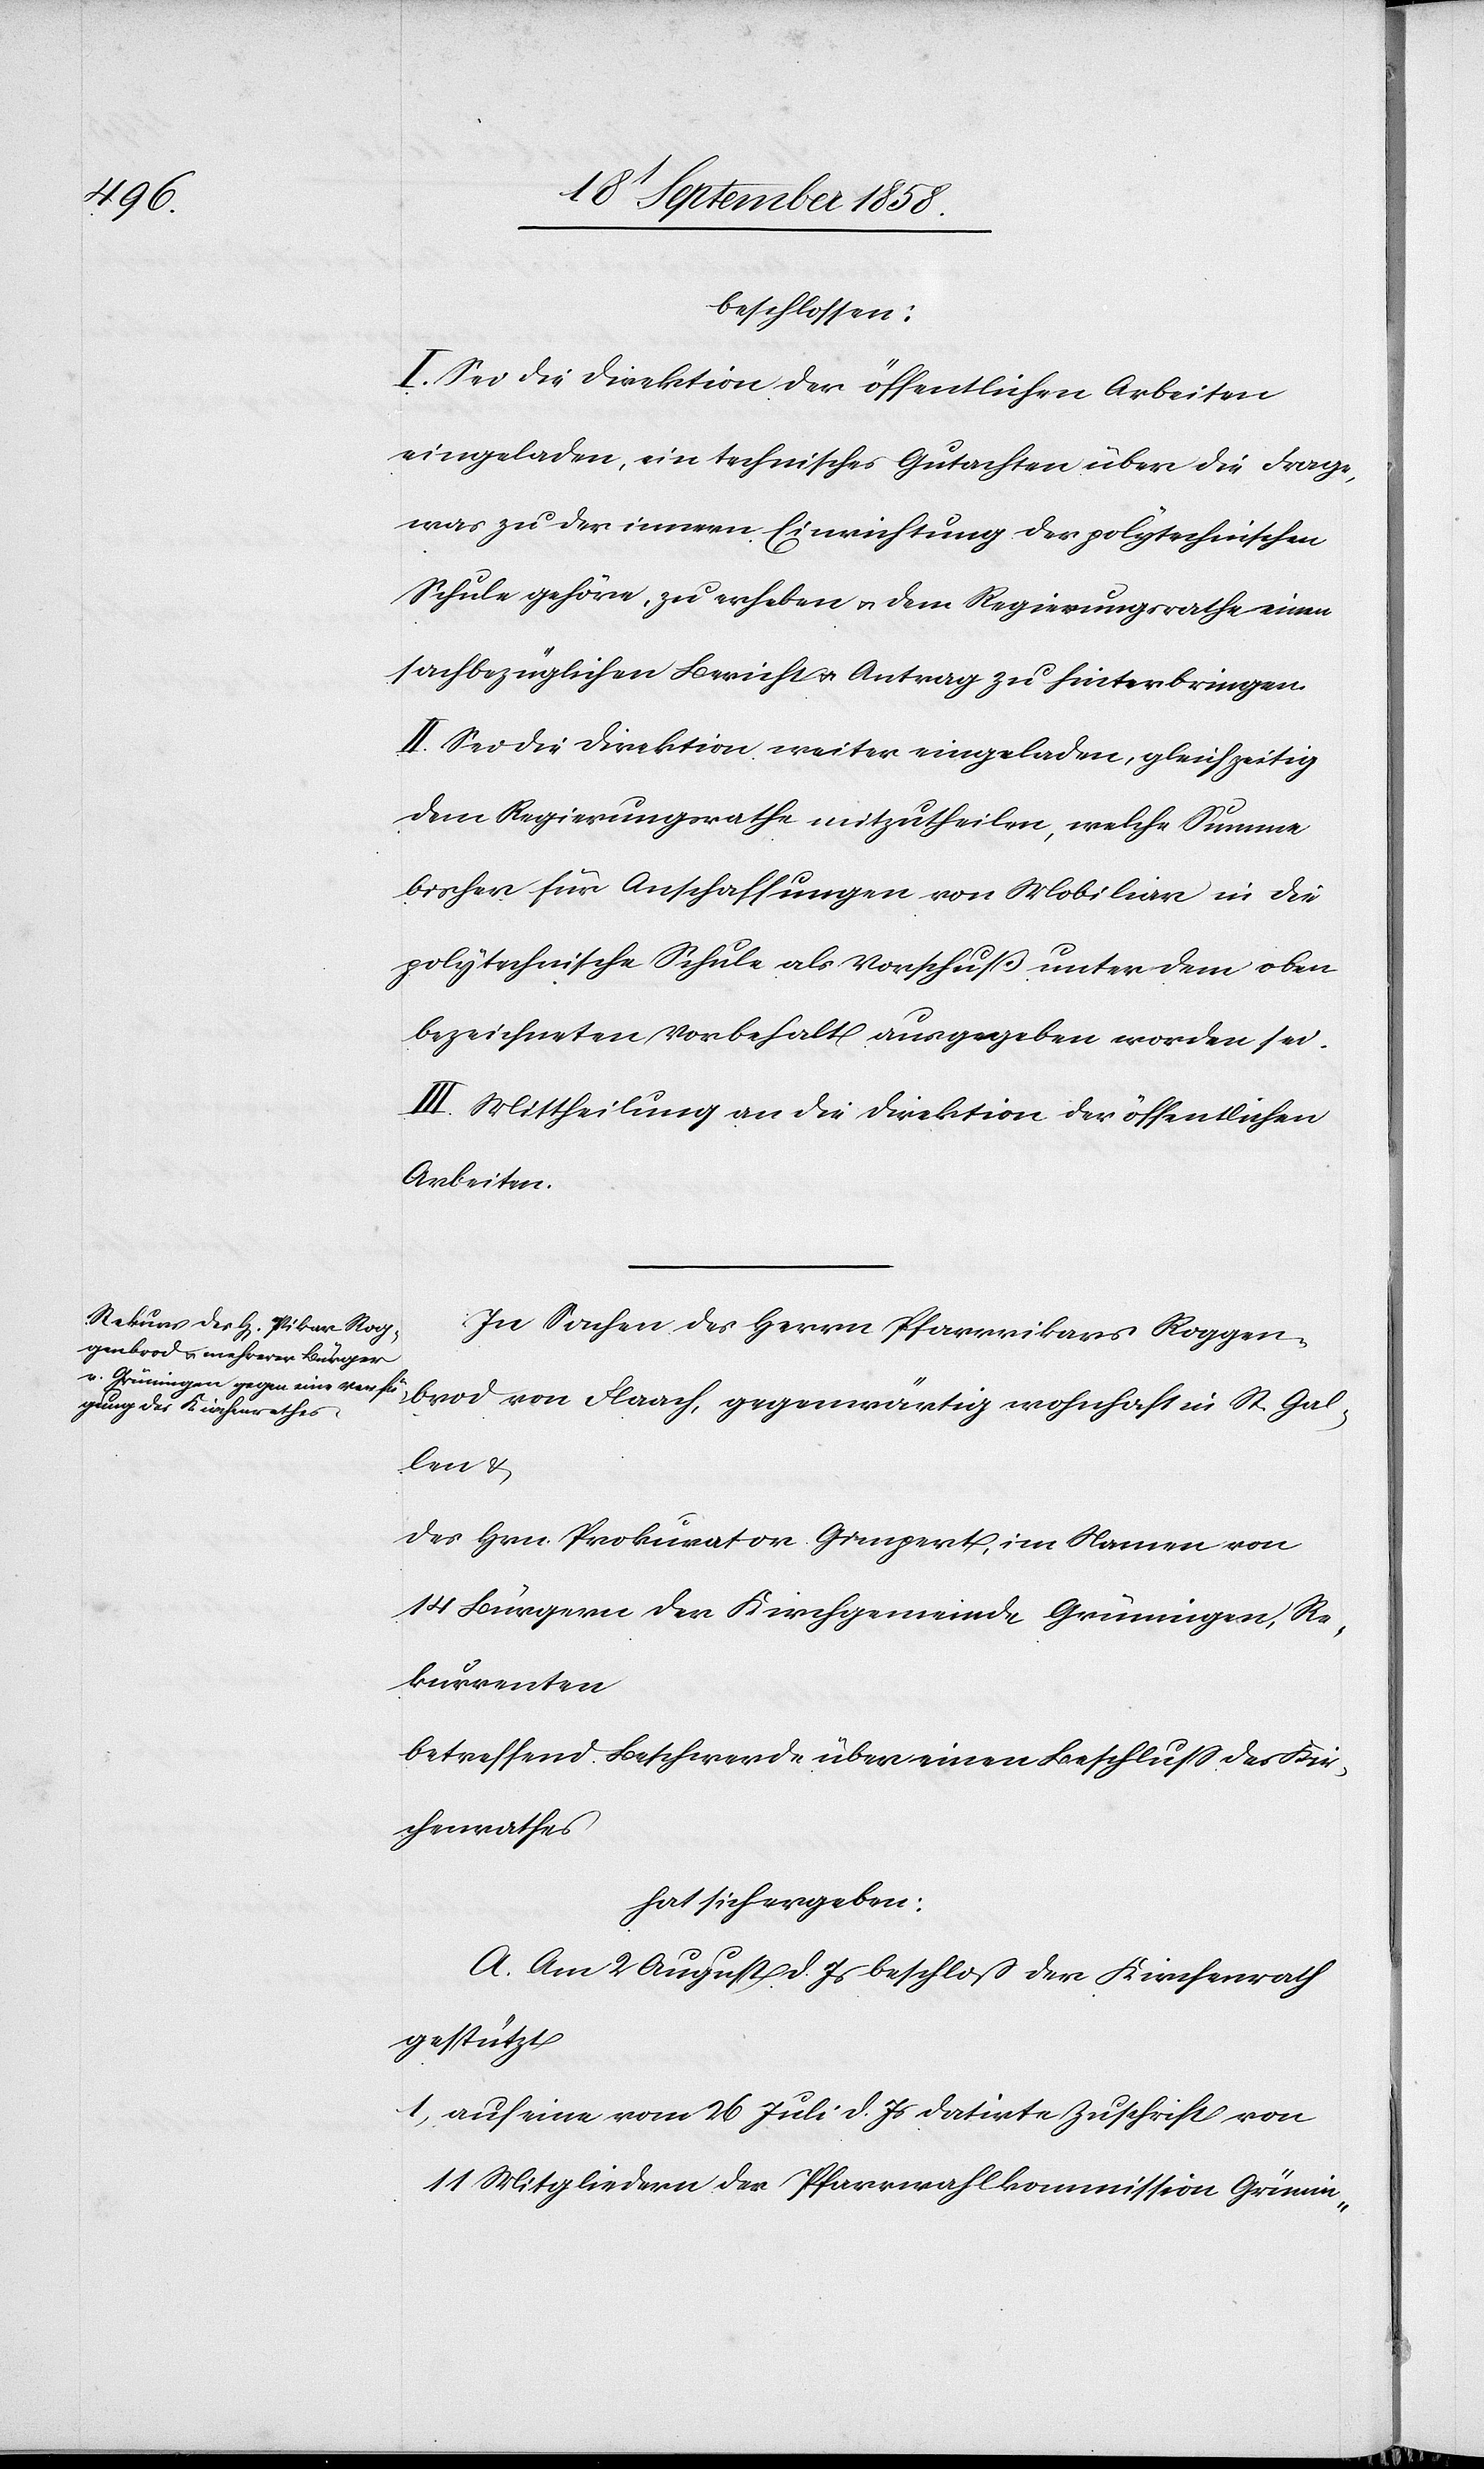
beschlossen:
I. Sei die Direktion der öffentlichen Arbeiten
eingeladen, ein technisches Gutachten über die Frage,
was zu der innern Einrichtung der polytechnischen
Schule gehöre, zu erheben & dem Regierungsrathe einen
sachbezüglichen Bericht & Antrag zu hinterbringen.
II. Sei die Direktion weiter eingeladen, gleichzeitig
dem Regierungsrathe mitzutheilen, welche Summe
bisher für Anschaffungen von Mobiliar in die
polytechnische Schule als Vorschuß unter dem oben
bezeichneten Vorbehalt ausgegeben worden sei.
III. Mittheilung an die Direktion der öffentlichen
Arbeiten.
In Sachen des Herrn Pfarrvikars Roggen¬
brod von Flaach, gegenwärtig wohnhaft in St. Gal¬
len &
des Hrn. Prokurator Gimpert, im Namen von
14 Bürgern der Kirchgemeinde Grüningen, Re¬
kurrenten
betreffend Beschwerde über einen Beschluss des Kir¬
chenrathes
hat sich ergeben:
A. Am 2 August d. Js beschloß der Kirchenrath
gestützt
auf eine vom 26 Juli d. Js datirte Zuschrift von
11 Mitgliedern der Pfarrwahlkommission Grünin-